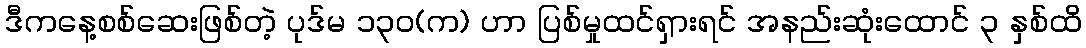
ဒီကနေ့စစ်ဆေးဖြစ်တဲ့ ပုဒ်မ ၁၃၀(က) ဟာ ပြစ်မှုထင်ရှားရင် အနည်းဆုံးထောင် ၃ နှစ်ထိ